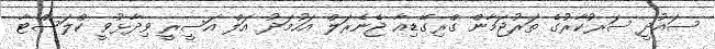
ސައުދީ ސަރުކާރުގެ ތަރުޖަމާން ގްރިގޭޑިއާ ޖެނެރަލް އަހުމަދު އަލް އަސީރީ ވިދާޅުވީ ކްލަސްޓާ